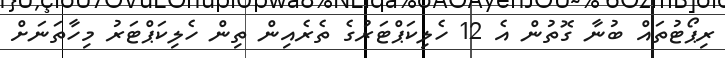
ރިޕޯޓުތައް ބުނާ ގޮތުން އެ 12 ހެލިކަޕްޓަރުގެ ތެރެއިން ތިން ހެލިކަޕްޓަރު މިހާތަނަށް